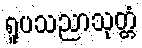
ရူပသညာသုတ္တံ